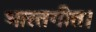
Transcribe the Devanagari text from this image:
भारतगीत।